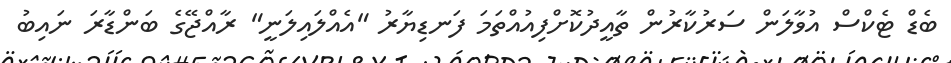
ބެޑް ޓެކްސް އުވާލަން ސަރުކާރުން ތާއީދުކޮށްފިއުއްތަމަ ފަނޑިޔާރު "އެއްލައިލަނީ" ރާއްޖޭގެ ބަންޑާރަ ނައިބު